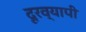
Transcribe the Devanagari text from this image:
दूरव्यापी